Document type: Endowment
Year: 1330
Scribe: Arnau [Delpàs]
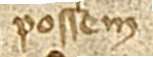
possem